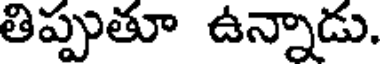
తిప్పుతూ ఉన్నాడు.